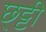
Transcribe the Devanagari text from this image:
छ्ट्टी